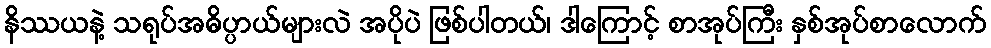
နိဿယနဲ့ သရုပ်အဓိပ္ပာယ်များလဲ အပိုပဲ ဖြစ်ပါတယ်၊ ဒါကြောင့် စာအုပ်ကြီး နှစ်အုပ်စာလောက်